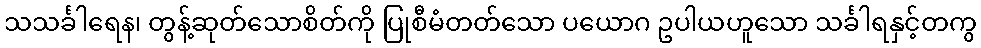
သသင်္ခါရေန၊ တွန့်ဆုတ်သောစိတ်ကို ပြုစီမံတတ်သော ပယောဂ ဥပါယဟူသော သင်္ခါရနှင့်တကွ